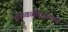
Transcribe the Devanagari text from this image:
चळवळींदरम्यान